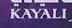
kayali